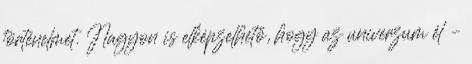
történelmet. Nagyon is elképzelhető, hogy az univerzum él –